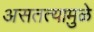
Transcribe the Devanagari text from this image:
असतत्यामुळे